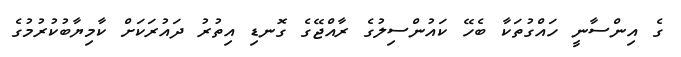
ގެ އިންސާނީ ހައްގުތަކާ ބެހޭ ކައުންސިލުގެ ރާއްޖޭގެ ގޮނޑި އިތުރު ދައުރަކަށް ކާމިޔާބުކުރުމުގެ